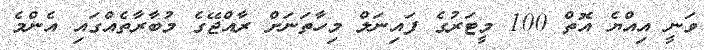
ވަނީ އިއްޔެ އޮތް 100 މީޓަރުގެ ފައިނަލް މިހާތަނަށް ރާއްޖޭގެ މުބާރާތެއްގައި އެންމެ